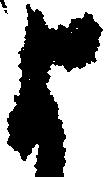
よ